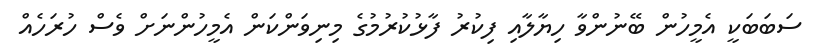
ސަބަބަކީ އެމީހުން ބޭނުންވާ ހިޔާލާއި ފިކުރު ފާޅުކުރުމުގެ މިނިވަންކަން އެމީހުންނަށް ވެސް ހުރަހެއް